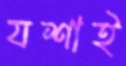
যশাই